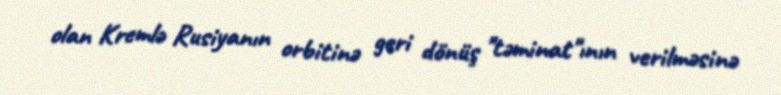
olan Kremlə Rusiyanın orbitinə geri dönüş "təminat"ının verilməsinə